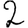
Digit: 2